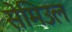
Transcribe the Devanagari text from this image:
सेमिउल